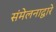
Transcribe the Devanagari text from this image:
संमेलनाद्वारे